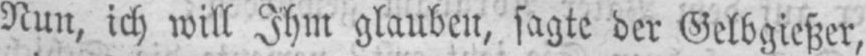
Nun, ich will Ihm glauben, sagte der Gelbgießer,